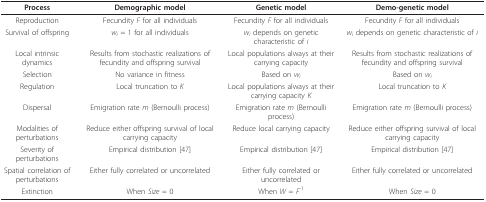
| Process | Demographic model | Genetic model | Demo-genetic model |
 | --- | --- | --- | --- |
 | Reproduction | Fecundity F for all individuals | Fecundity F for all individuals | Fecundity F for all individuals |
 | Survival of offspring | wi = 1 for all individuals | wi depends on genetic characteristic of i | wi depends on genetic characteristic of i |
 | Local intrinsic dynamics | Results from stochastic realizations of fecundity and offspring survival | Local populations always at their carrying capacity | Results from stochastic realizations of fecundity and offspring survival |
 | Selection | No variance in fitness | Based on wi | Based on wi |
 | Regulation | Local truncation to K | Local populations always at their carrying capacity K | Local truncation to K |
 | Dispersal | Emigration rate m (Bernoulli process) | Emigration rate m (Bernoulli process) | Emigration rate m (Bernoulli process) |
 | Modalities of perturbations | Reduce either offspring survival of local carrying capacity | Reduce local carrying capacity | Reduce either offspring survival of local carrying capacity |
 | Severity of perturbations | Empirical distribution [47] | Empirical distribution [47] | Empirical distribution [47] |
 | Spatial correlation of perturbations | Either fully correlated or uncorrelated | Either fully correlated or uncorrelated | Either fully correlated or uncorrelated |
 | Extinction | When Size = 0 | When W = F-1 | When Size = 0 |